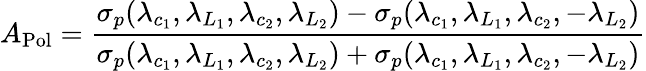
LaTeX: A_{\mathrm{Pol}}=\frac{\sigma_{p}(\lambda_{c_{1}},\lambda_{L_{1}},\lambda_{c_{2}},\lambda_{L_{2}})-\sigma_{p}(\lambda_{c_{1}},\lambda_{L_{1}},\lambda_{c_{2}},-\lambda_{L_{2}})}{\sigma_{p}(\lambda_{c_{1}},\lambda_{L_{1}},\lambda_{c_{2}},\lambda_{L_{2}})+\sigma_{p}(\lambda_{c_{1}},\lambda_{L_{1}},\lambda_{c_{2}},-\lambda_{L_{2}})}